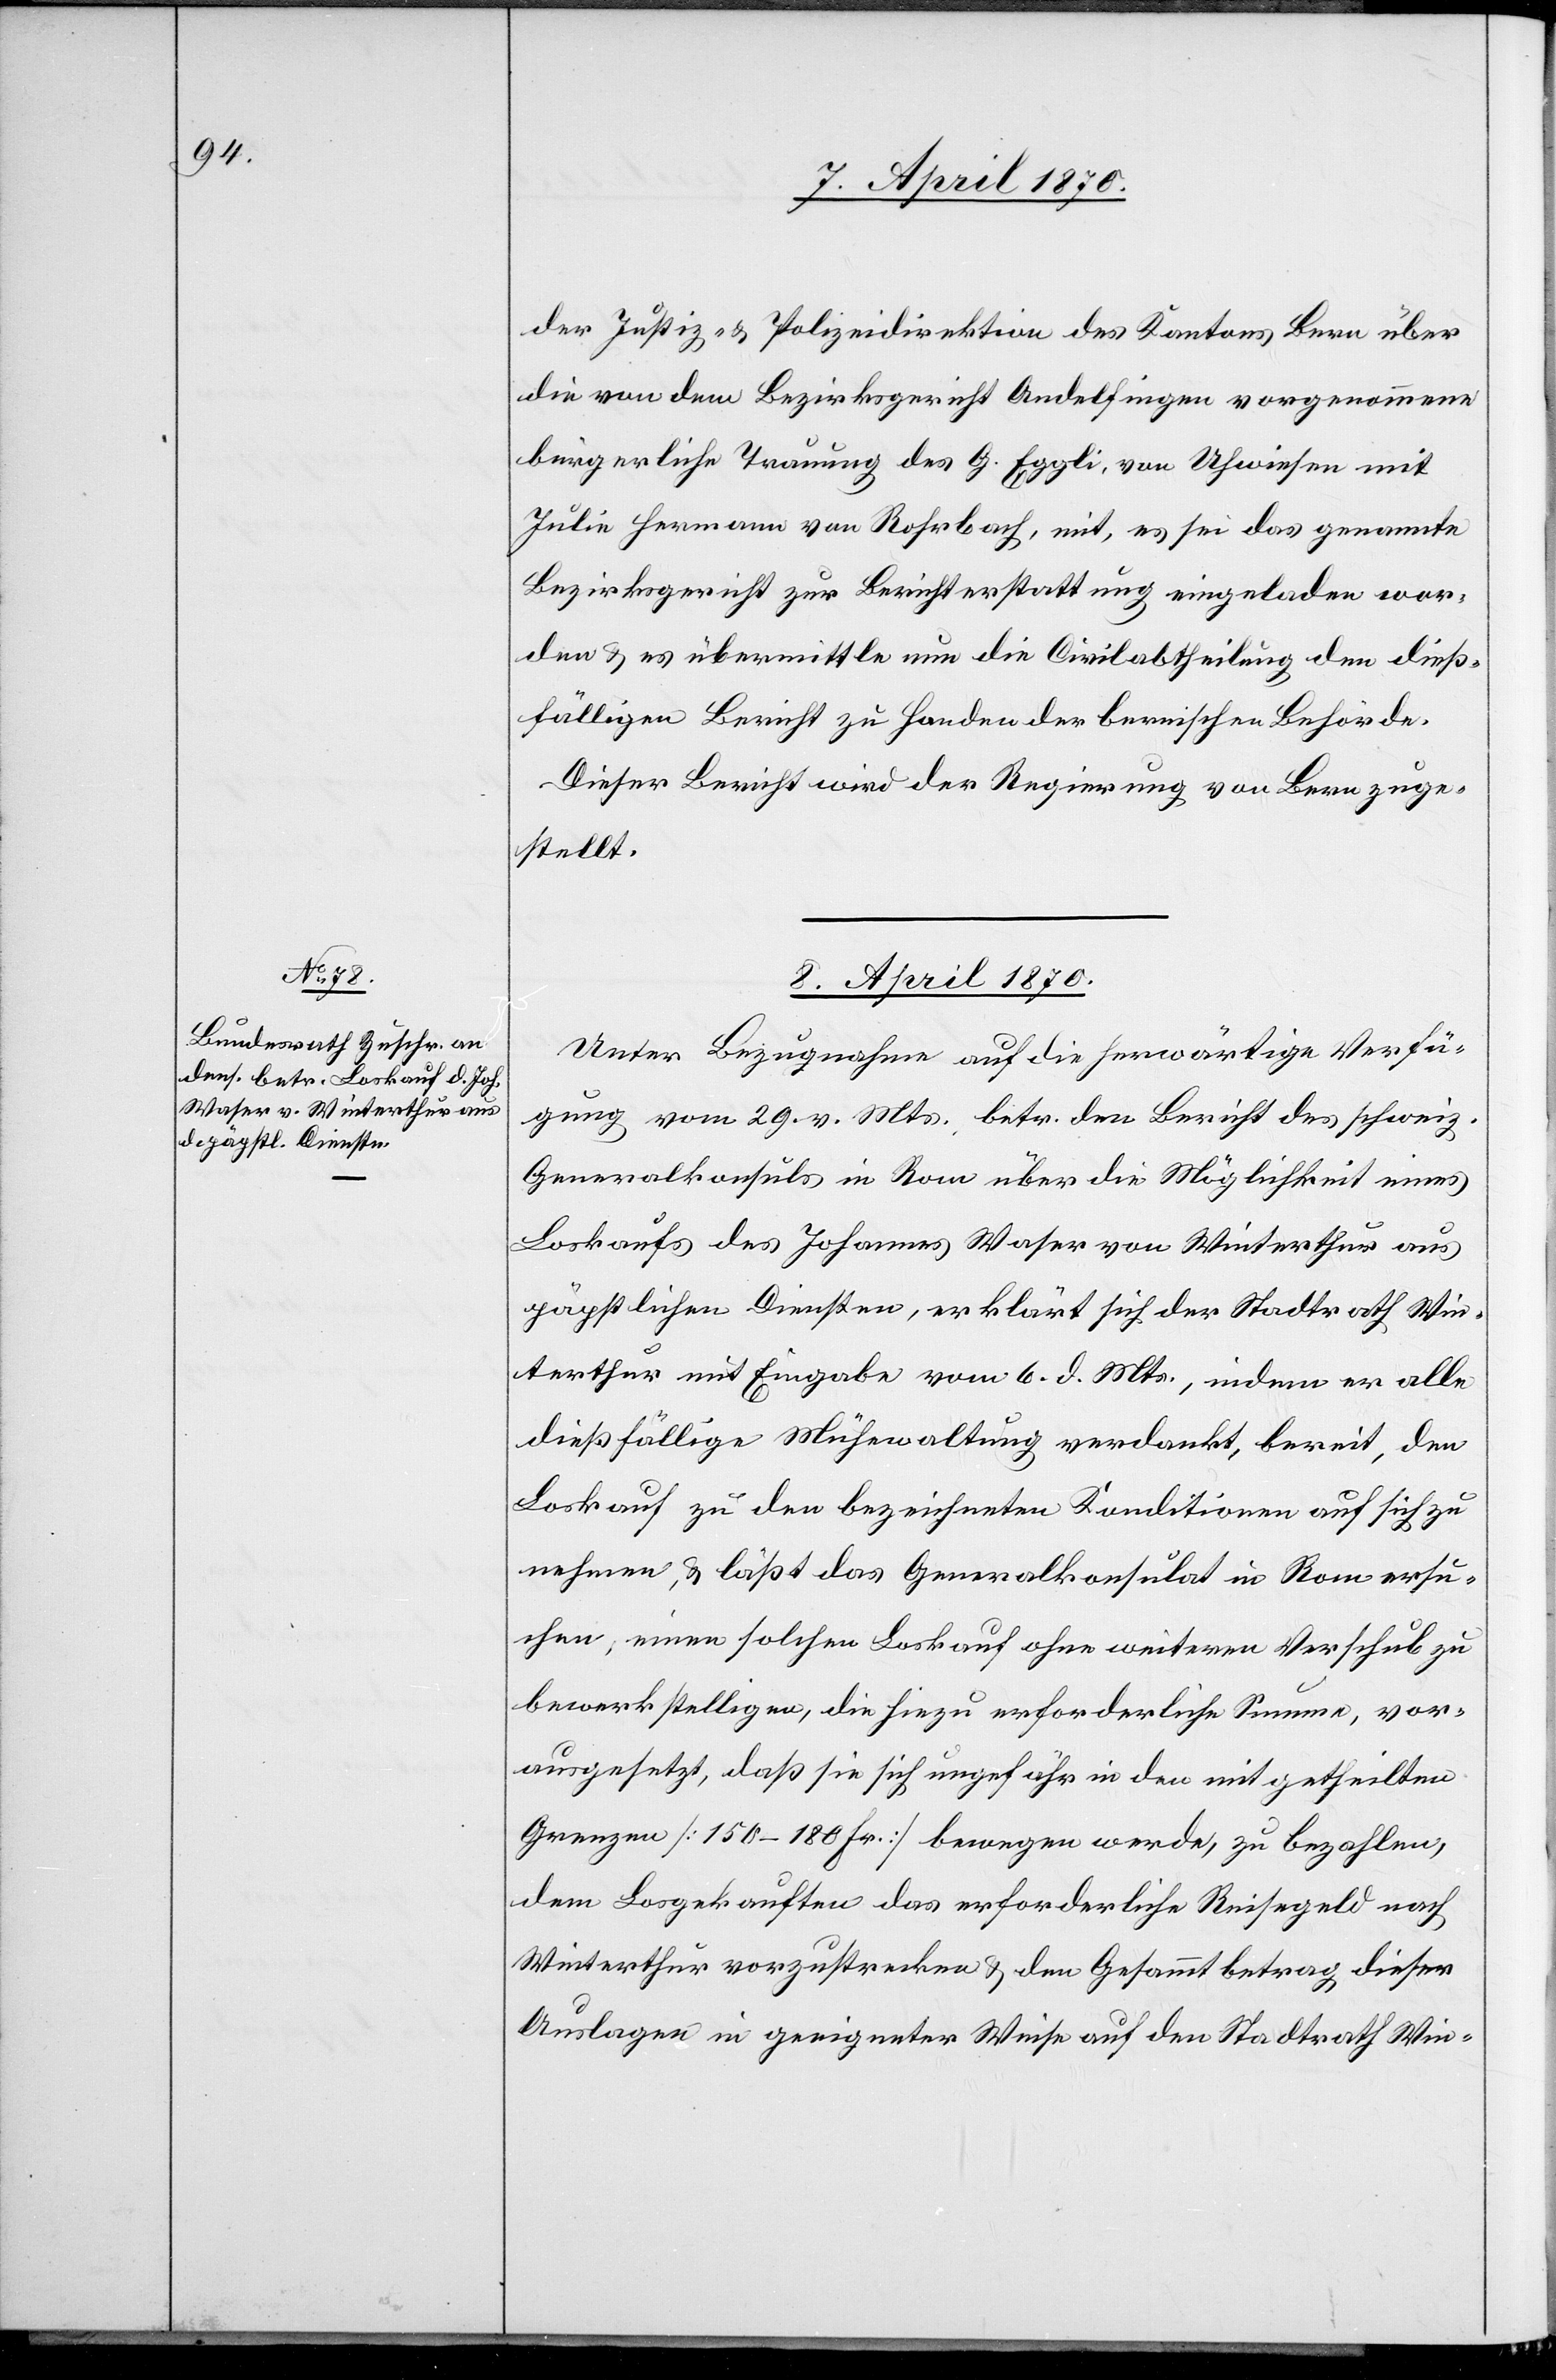
der Justiz- & Polizeidirektion des Kantons Bern über
die von dem Bezirksgericht Andelfingen vorgenommene
bürgerliche Trauung des G. Eggli von Uhwiesen mit
Julie Hermann von Rohrbach, mit, es sei das genannte
Bezirksgericht zur Berichterstattung eingeladen wor¬
den & es übermittle nun die Civilabtheilung den dieß¬
fälligen Bericht zu Handen der bernischen Behörde.
Dieser Bericht wird der Regierung von Bern zuge¬
stellt.
8. April 1870.
Unter Bezugnahme auf die herwärtige Verfü¬
gung vom 29. vor. Mts. betr. den Bericht des schweiz.
Generalkonsuls in Rom über die Möglichkeit eines
Loskaufes des Johannes Waser von Winterthur aus
päpstlichen Diensten, erklärt sich der Stadtrath Win¬
terthur mit Eingabe vom 6. d. Mts., indem er alle
dießfällige Mühewaltung verdankt, bereit, den
Loskauf zu den bezeichneten Konditionen auf sich zu
nehmen, & läßt das Generalkonsulat in Rom ersu¬
chen, einen solchen Loskauf ohne weiteren Vorschub zu
bewerkstelligen, die hiezu erforderliche Summe, vor¬
ausgesetzt, daß sie sich ungefähr in den mitgetheilten
Grenzen [150–180 Fr.] bewegen werde, zu bezahlen,
dem Losgekauften das erforderliche Reisegeld nach
Winterthur vorzustrecken & dem Gesammtbetrag dieser
Auslagen in geeigneter Weise auf den Stadtrath Win-